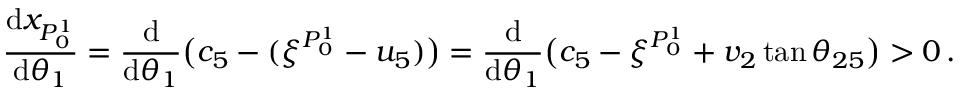
\frac { \mathrm { d } x _ { P _ { 0 } ^ { 1 } } } { \mathrm { d } \theta _ { 1 } } = \frac { \mathrm { d } } { \mathrm { d } \theta _ { 1 } } \big ( c _ { 5 } - ( \xi ^ { P _ { 0 } ^ { 1 } } - u _ { 5 } ) \big ) = \frac { \mathrm { d } } { \mathrm { d } \theta _ { 1 } } \big ( c _ { 5 } - \xi ^ { P _ { 0 } ^ { 1 } } + v _ { 2 } \tan \theta _ { 2 5 } \big ) > 0 \, .